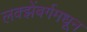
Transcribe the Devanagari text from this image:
लक्झेंबर्गमधून